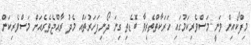
މިފްކޯއިން ވަނީ މަސްވެރިކަމުގައި ހަރަކާތްތެރިވާ ބޮޑެތި ގިނަ ދޯނިފަހަރުތައް މެދު ރާއްޖެތެރެއަށް މަސްވެރިކަން